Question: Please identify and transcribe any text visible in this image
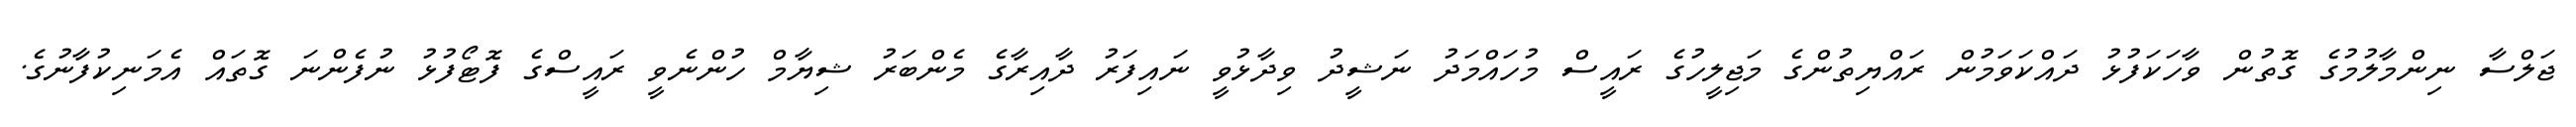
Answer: ޖަލްސާ ނިންމާލުމުގެ ގޮތުން ވާހަކަފުޅު ދައްކަވަމުން ރައްޔިތުންގެ މަޖިލީހުގެ ރައީސް މުހައްމަދު ނަޝީދު ވިދާޅުވީ ނައިފަރު ދާއިރާގެ މެންބަރު ޝިޔާމް ހުންނެވީ ރައީސްގެ ފޮޓޯފުޅު ނުފެންނަ ގޮތައް އެމަނިކުފާނުގެ.